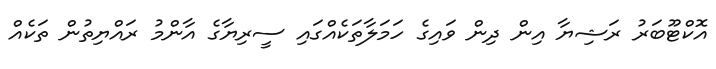
އޮކްޓޫބަރު ރަޝިޔާ އިން ދިން ވައިގެ ހަމަލާތަކެއްގައި ސީރިޔާގެ އާންމު ރައްޔިތުން ތަކެއް